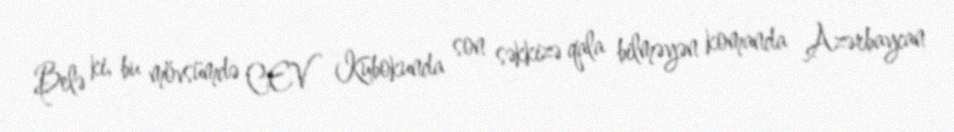
Belə ki, bu mövsümdə CEV Kubokunda son səkkizə qala bilməyən komanda Azərbaycan